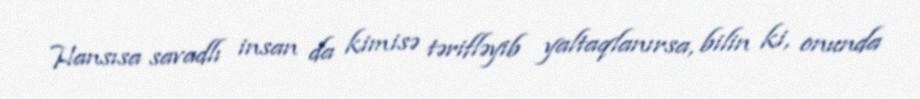
Hansısa savadlı insan da kimisə tərifləyib yaltaqlanırsa, bilin ki, onunda